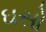
ઘસો